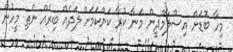
މިހާ ބޮޑަށް އިސްލާމްދީން މަނާ ކުރާ ކަންކަމަށް ލަދެއް ބިރެއް ނެތި މީހުން